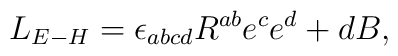
L_{E-H}=\epsilon _{abcd}R^{ab}e^{c}e^{d}+dB,